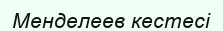
Менделеев кестесі